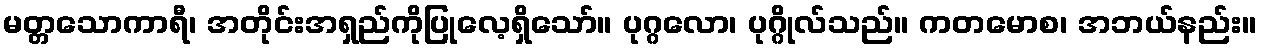
မတ္တသောကာရီ၊ အတိုင်းအရှည်ကိုပြုလေ့ရှိသော်။ ပုဂ္ဂလော၊ ပုဂ္ဂိုလ်သည်။ ကတမောစ၊ အဘယ်နည်း။